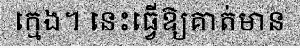
ក្មេង។ នេះធ្វើឱ្យគាត់មាន